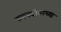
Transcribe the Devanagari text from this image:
उपनदीवरच्या